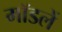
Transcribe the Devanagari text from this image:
मॉडलें